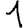
Digit: 1